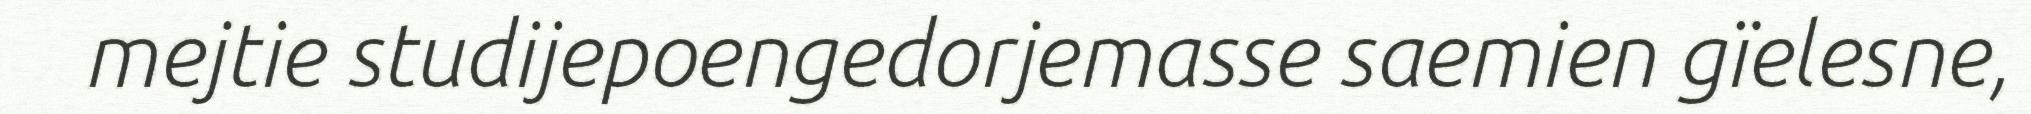
mejtie studijepoengedorjemasse saemien gïelesne,